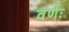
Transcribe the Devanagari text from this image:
वर्णः